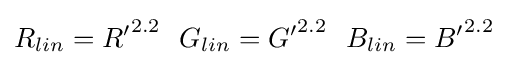
R_{lin}={R^{\prime }}^{2.2}\ \ G_{lin}={G^{\prime }}^{2.2}\ \ B_{lin}={B^{\prime }}^{2.2}